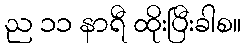
ည ၁၁ နာရီ ထိုးပြီးခါစ။